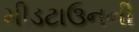
મીડટાઉનની